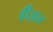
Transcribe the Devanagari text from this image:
ह्रीज़त